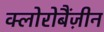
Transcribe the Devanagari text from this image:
क्लोरोबैंज़ीन